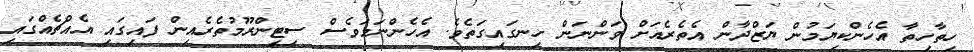
ހިތާހިތާ އެހެންކިޔަމުން ޔަޒްދާން އެތެރެއަށް ވަންނަން ހިނގައިގަތެވެ. އެހެންނަމަވެސް ސިޓިންރޫމުތެރެއިން ފައިގައި އެއްޗެއްގައި